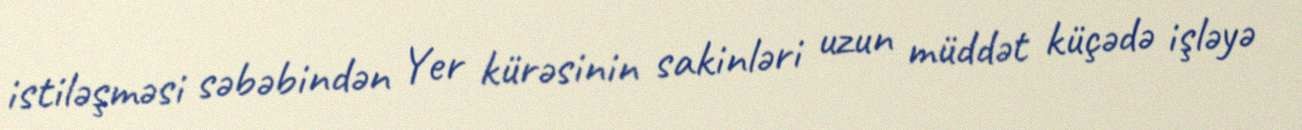
istiləşməsi səbəbindən Yer kürəsinin sakinləri uzun müddət küçədə işləyə